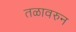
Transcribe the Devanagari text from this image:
तळावरुन